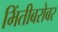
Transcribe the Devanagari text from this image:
भिंतीबरोबर